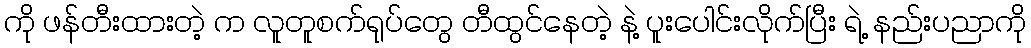
ကို ဖန်တီးထားတဲ့ က လူတူစက်ရုပ်တွေ တီထွင်နေတဲ့ နဲ့ ပူးပေါင်းလိုက်ပြီး ရဲ့ နည်းပညာကို